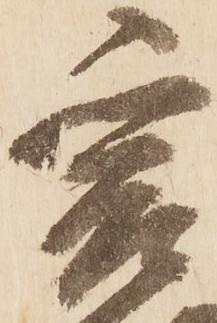
爰